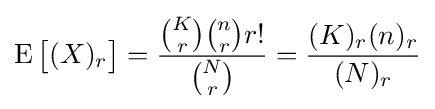
\operatorname {E} {\bigl [}(X)_{r}{\bigr ]}={\frac {{\binom {K}{r}}{\binom {n}{r}}r!}{\binom {N}{r}}}={\frac {(K)_{r}(n)_{r}}{(N)_{r}}}